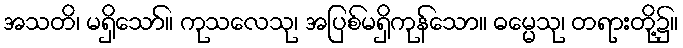
အသတိ၊ မရှိသော်။ ကုသလေသု၊ အပြစ်မရှိကုန်သော။ ဓမ္မေသု၊ တရားတို့၌။